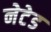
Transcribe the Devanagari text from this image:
नेटेड